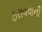
ઠરાવવાની